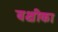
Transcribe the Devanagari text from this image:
बक्षीका